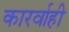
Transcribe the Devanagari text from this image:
कारर्वाही